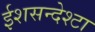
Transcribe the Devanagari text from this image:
ईशसन्देश्टा